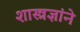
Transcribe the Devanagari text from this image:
शास्त्रज्ञांने